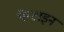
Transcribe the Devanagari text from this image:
पेप्टाइन